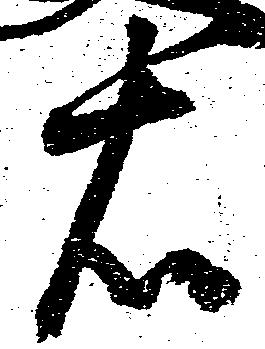
右